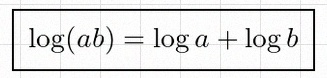
\log(ab)=\log a+\log b